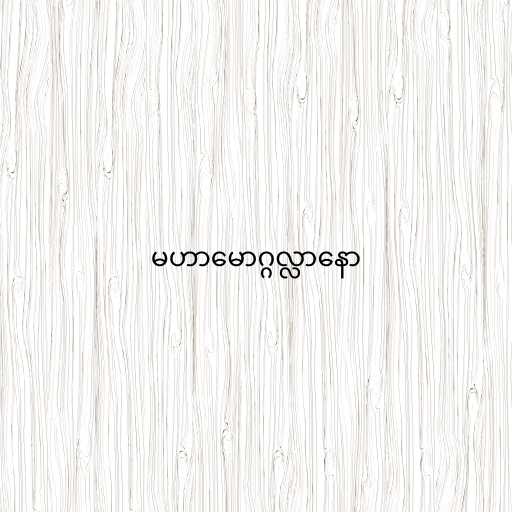
မဟာမောဂ္ဂလ္လာနော